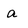
Character: a